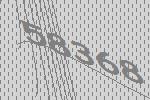
58368